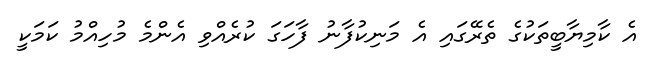
އެ ކާމިޔާބީތަކުގެ ތެރޭގައި އެ މަނިކުފާނު ފާހަގަ ކުރެއްވި އެންމެ މުހިއްމު ކަމަކީ